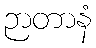
ဉာတာနံ